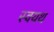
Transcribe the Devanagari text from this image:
स्वयथ